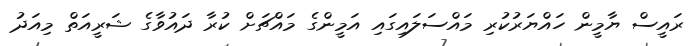
ރައީސް ޔާމީން ހައްޔަރުކުރި މައްސަލައިގައި އަމީންގެ މައްޗަށް ކުރާ ދައުވާގެ ޝަރީއަތް މިއަދު